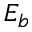
E _ { b }